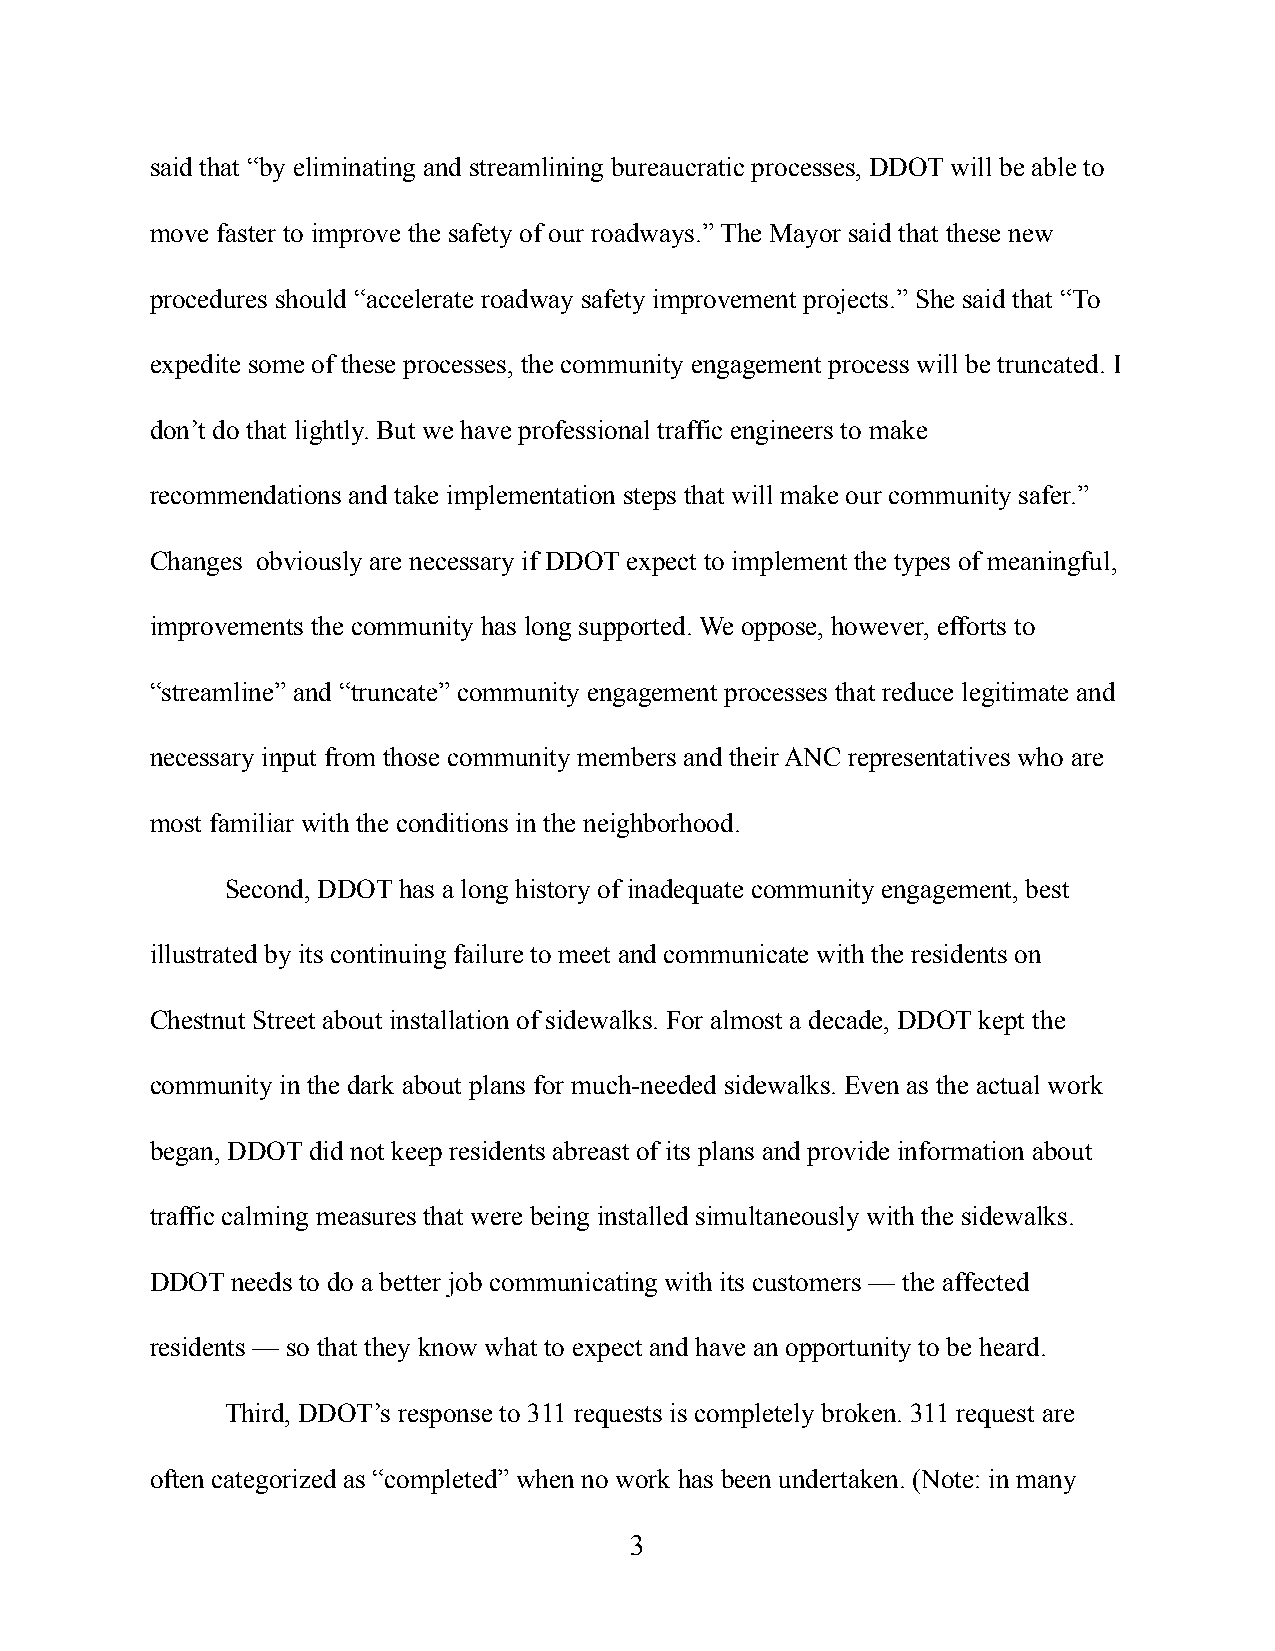
said that “by eliminating and streamlining bureaucratic processes, DDOT will be able to
 move faster to improve the safety of our roadways.” The Mayor said that these new
 procedures should “accelerate roadway safety improvement projects.” She said that “To
 expedite some of these processes, the community engagement process will be truncated. I
 don’t do that lightly. But we have professional traffic engineers to make
 recommendations and take implementation steps that will make our community safer.”
 Changes obviously are necessary if DDOT expect to implement the types of meaningful,
 improvements the community has long supported. We oppose, however, efforts to
 “streamline” and “truncate” community engagement processes that reduce legitimate and
 necessary input from those community members and their ANC representatives who are
 most familiar with the conditions in the neighborhood.
 Second, DDOT has a long history of inadequate community engagement, best
 illustrated by its continuing failure to meet and communicate with the residents on
 Chestnut Street about installation of sidewalks. For almost a decade, DDOT kept the
 community in the dark about plans for much-needed sidewalks. Even as the actual work
 began, DDOT did not keep residents abreast of its plans and provide information about
 traffic calming measures that were being installed simultaneously with the sidewalks.
 DDOT needs to do a better job communicating with its customers — the affected
 residents — so that they know what to expect and have an opportunity to be heard.
 Third, DDOT’s response to 311 requests is completely broken. 311 request are
 often categorized as “completed” when no work has been undertaken. (Note: in many
 3